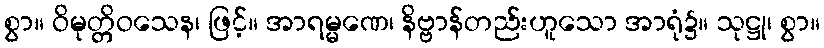
စွာ။ ဝိမုတ္တိဝသေန၊ ဖြင့်။ အာရမ္မဏေ၊ နိဗ္ဗာန်တည်းဟူသော အာရုံ၌။ သုဋ္ဌု၊ စွာ။